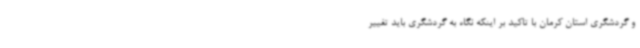
و گردشگری استان کرمان با تاکید بر اینکه نگاه به گردشگری باید تغییر